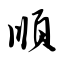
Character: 顺